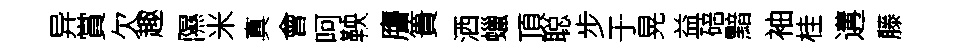
异賞欠趣隰米真會呵鞅譍簣洒蠟頂聪步于晃益碚黯袖桂遘藤